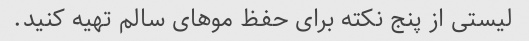
لیستی از پنج نکته برای حفظ موهای سالم تهیه کنید.